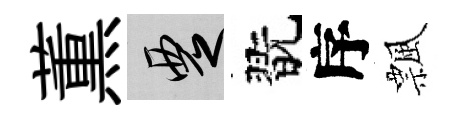
薫覂翫序飄